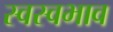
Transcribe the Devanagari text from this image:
स्वस्वभाव